Vaccination in Burma 1889-1999 - 1889-1999
Year: 1889
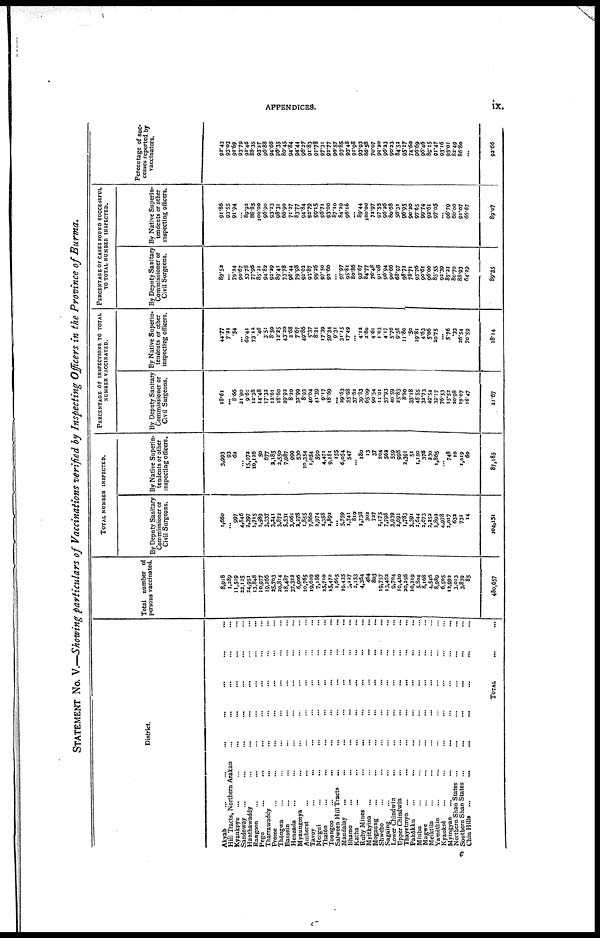
APPENDICES.
ix.
STATEMENT NO. V.—Showing particulars of Vaccinations verified by Inspecting Officers in the Province of Burma.
District.
Akyab
...
...
...
...
... ... ...
Hill Tracts, Northern Arakan ... ... ... ... ...
Kyaukpyu ...
...
... ... ... ...
Sandoway ... ... ... ... ... ...
Hanthawaddy ... ... ... ... ...
Rangoon ... ... ... ... ... ... ...
Pegu ... ... ... ... ... ... ...
Tharrawaddy ... ... ... ... ... ... ...
Prome ... ... ... ... ... ... ...
Thôngwa ... ... ... ... ... ... ...
Bassein ... ... ... ... ... ... ...
Henzada ... ... ... ... ... ... ...
Myaungmya ... ... ... ... ... ...
Amherst ... ... ... ... ... ... ...
Tavoy ... ... ... ... ... ... ...
Mergni ... ... ... ... ... ... ...
Thatôn ... ... ... ... ... ... ...
Toungoo ... ... ... ... ... ... ...
Salween Hill Tracts
... ... ... ... ... ...
Mandalay ... ... ... ... ... ... ...
Bhamo ... ... ... ... ... ... ...
Katha ... ... ... ... ... ... ...
Ruby Mines ... ... ... ... ... ... ...
Myitkyina ...
...
... ... ... ... ...
Mogaung ... ... ... ... ... ... ...
Shwebo ... ... ... ... ... ... ...
Sagaing ... ... ... ... ... ... ...
Lower Chindwin ... ... ... ... ... ...
Upper Chindwin ... ... ... ... ... ...
Thayetmyo
...
...
...
...
...
...
...
Pakôkku ... ... ... ... ... ... ...
Minbu ... ... ... ... ... ... ...
Magwe ... ... ... ... ... ... ...
Meiktila ... ... ... ... ... ... ...
Yamèthin ... ... ... ... ... ... ...
Kyauksè ... ... ... ... ... ... ...
Myingyan ... ... ... ... ... ... ...
Northern Shan States ... ... ... ... ... ...
Southern Shan States
...
...
...
...
...
...
Chin Hills ... ... ... ... ... ... ...
TOTAL ... ...
Total number of
persons vaccinated.
8,918
1,289
11,519
22,125
24,951
13,848
10,977
19,266
25,703
20,814
18,487
37,322
6,006
20,765
19,629
7,186
35,710
15,472
1,665
19,435
3,127
2,153
4,364
464
803
19,757
13,462
9,704
10,430
20,356
10,219
5,804
8,168
4,546
8,989
6,505
12,992
3,013
3,839
85
480,657
TOTAL NUMBER INSPECTED.
By Deputy Sanitary
Commissioner or
Civil Surgeons.
1,66o
... 997
4,846
3,397
1,715
1,689
3,337
3,241
3,873
5,531
3,061
3,378
1,855
7,860
2,974
2,358
2,892
... 5,759
1,741
810
1,738
303
727
2,175
7,798
3,939
2,691
1,783
3,391
2,644
2,673
2,252
2,892
4,978
2,017
632
732
14
104,151
By Native Superin-
tendents or other
inspecting officers.
3,993
93
63
...
15,073
10,126
50
677
2,185
2,550
7,987
999
530
10,354
1,054
590
4,471
9,181
155
6,054
547
...
180
13
37
304
562
559
998
2,391
51
1,150
378
230
1,865
...
748
10
1,019
60
87,185
PERCENTAGE OF INSPECTIONS TO TOTAL
NUMBER VACCINATED.
By Deputy Sanitary
Commissioner or
Civil Surgeons.
18.61
... 8.66
21.90
9.61
12.38
14.48
17.32
12.61
18.60
29.92
8.30
32.99
8.93
40.04
41.39
9.17
18.69
...
29.63
55.68
37.63
39.83
65.09
90.54
11.01
57.93
40.59
25.83
8.80
33.18
45.55
32.73
49.54
32.17
76.53
15.52
20.08
19.07
16.47
21.67
By Native Superin-
tendents or other
inspecting officers.
44.77
7.21
.54
...
60.41
73.12
.46
3.51
8.50
12.25
43.30
3.68
7.67
49.86
5.37
8.21
17.39
59.34
9.31
31.15
17.49
... 4.12
2.80
4.61
1.03
4.17
5.76
9.58
11.80
.50
19.81
4.63
5.06
20.75
...
5.76
.33
26.54
70.59
18.14
PERCENTAGE OF CASES FOUND SUCCESSFUL
TO TOTAL NUMBER INSPECTED.
By Deputy Sanitary
Commissioner or
Civil Surgeons.
89.52
... 79.34
90.67
53.78
77.96
85.21
94.82
93.29
89.41
73.78
96.44
79.98
92.02
93.87
99.26
97.50
92.60
... 97.97
95.81
80.86
93.67
84.77
76.48
91.08
96.94
90.66
68.97
98.71
78.71
95.76
90.61
96.00
85.55
92.39
87.21
80.70
88.93
64.39
89.35
By Native Superin-
tendents or other
inspecting officers.
91.86
93.55
91.94
... 89.92
88.85
100.00
96.00
93.33
98.31
66.90
71.37
83.77
94.84
93.79
99.15
96.71
93.00
87.10
84.39
96.16
... 89.44
100.00
72.97
97.55
96.36
80.68
56.31
96.95
90.20
97.65
99.74
93.61
97.05
...
96.79
60.00
91.07
66.67
89.07
Percentage of suc-
cesses reported by
vaccinators.
92.43
93.03
92.69
93.79
91.46 88.35
93.37
96.88
94.66
96.35
80.45
94.84
94.44
96.37
91.83
91.78
97.31
92.77
90.57
93.85
93.48
91.98
93.93
86.58
70.07
92.20
96.23
90.23
84.52
95.17
74.60
96.69
96.46
89.15
91.47
93.16
93.01
82.49
86.80
...
92.66
c